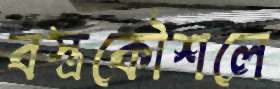
বস্ত্রকৌশলে